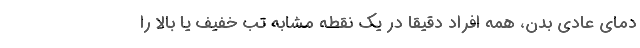
دمای عادی بدن، همه افراد دقیقا در یک نقطه مشابه تب خفیف یا بالا را